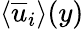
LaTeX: \textlangle\overline{{u}}_{i}\textrangle(y)